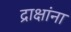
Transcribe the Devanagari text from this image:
द्राक्षांना